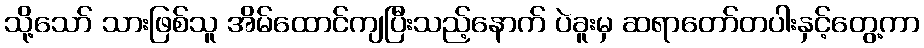
သို့သော် သားဖြစ်သူ အိမ်ထောင်ကျပြီးသည့်နောက် ပဲခူးမှ ဆရာတော်တပါးနှင့်တွေ့ကာ